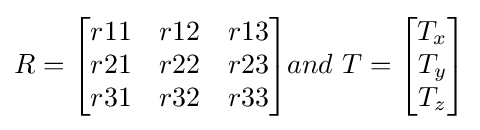
R={\begin{bmatrix}r11&r12&r13\\r21&r22&r23\\r31&r32&r33\\\end{bmatrix}}and\ T={\begin{bmatrix}T_{x}\\T_{y}\\T_{z}\\\end{bmatrix}}